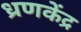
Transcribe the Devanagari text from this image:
ध्रणकेंद्र